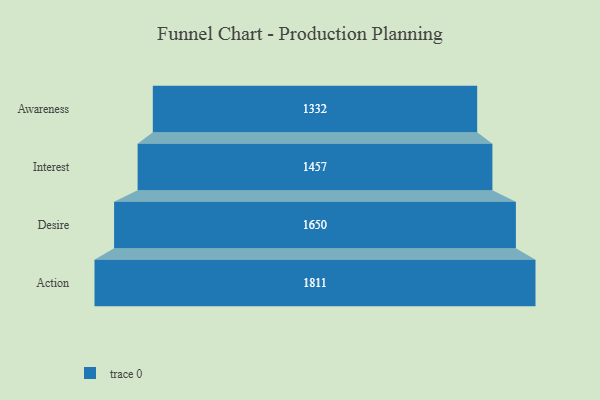
{"axis": {"x": "Stage", "y": "Value"}, "legend": [""], "data": [{"x": "Awareness", "y": 1332.0, "type": ""}, {"x": "Interest", "y": 1457.0, "type": ""}, {"x": "Desire", "y": 1650.0, "type": ""}, {"x": "Action", "y": 1811.0, "type": ""}]}